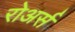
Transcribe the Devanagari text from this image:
रोअर्स